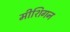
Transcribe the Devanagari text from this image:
मीशिगन